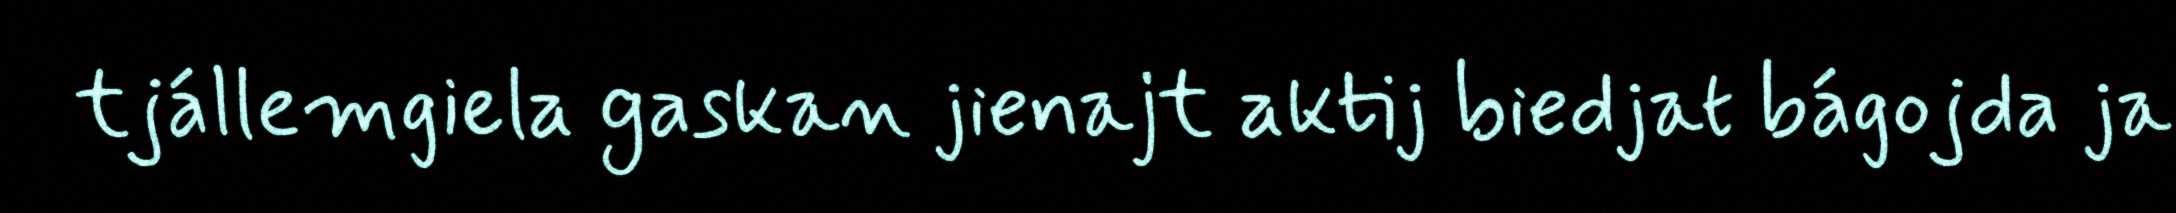
tjállemgiela gaskan jienajt aktij biedjat bágojda ja